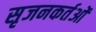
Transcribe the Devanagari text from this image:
सृजनकर्तओं